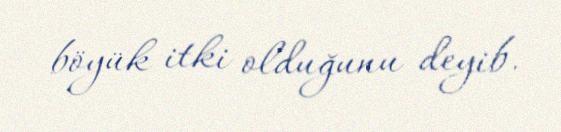
böyük itki olduğunu deyib.